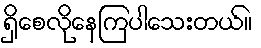
ရှိစေလိုနေကြပါသေးတယ်။